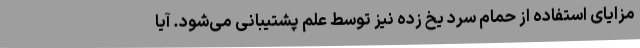
مزایای استفاده از حمام سرد یخ زده نیز توسط علم پشتیبانی می‌شود. آیا